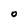
Character: O